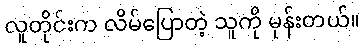
လူတိုင်းက လိမ်ပြောတဲ့ သူကို မုန်းတယ်။